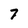
Character: 7